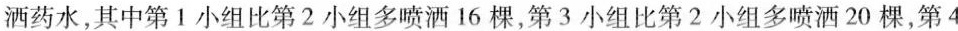
洒药水，其中第1小组比第2小组多喷洒16棵，第3小组比第2小组多喷洒20棵，第4